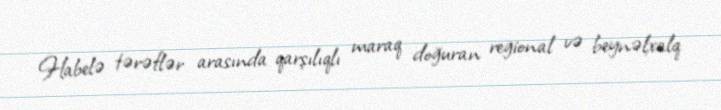
Habelə tərəflər arasında qarşılıqlı maraq doğuran regional və beynəlxalq